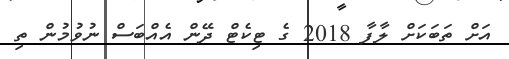
އަށް ތަބަކަށް ލާފާ 2018 ގެ ޓިކެޓް ދޭން އެއްބަސް ނުވުމުން ތި